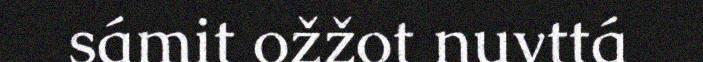
sámit ožžot nuvttá